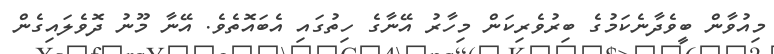
މިއުވާން ބީވެދާނެކަމުގެ ބިރުވެރިކަން މިހާރު އޭނާގެ ހިތުގައި އެބައޮތެވެ. އޭނާ މޫނު ދޮވެލައިގެން